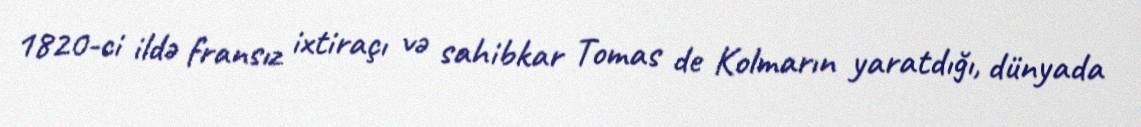
1820-ci ildə fransız ixtiraçı və sahibkar Tomas de Kolmarın yaratdığı, dünyada